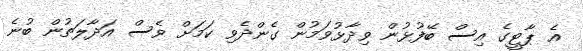
އެ ޕާޓީގެ އިސް ބޭފުޅުން ވިދާޅުވަމުން ގެންދެވި ކަމަށް ވެސް އަދާލަތުން ބުނެ